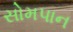
સોમપાન